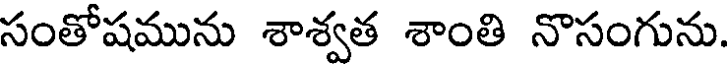
సంతోషమును శాశ్వత శాంతి నొసంగును.